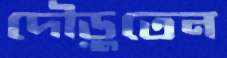
দৌড়ুতেন